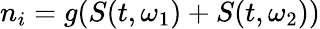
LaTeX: n_{i}=g(S(t,\omega_{1})+S(t,\omega_{2}))